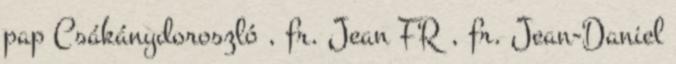
pap Csákánydoroszló , fr. Jean FR , fr. Jean-Daniel